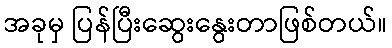
အခုမှ ပြန်ပြီးဆွေးနွေးတာဖြစ်တယ်။